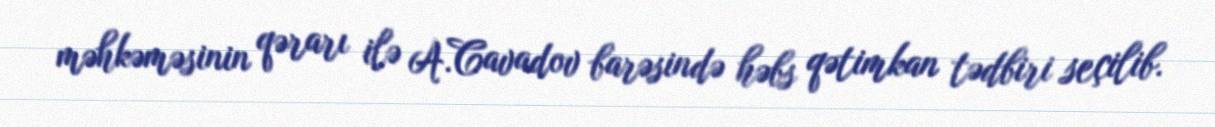
məhkəməsinin qərarı ilə A.Cavadov barəsində həbs qətimkan tədbiri seçilib.